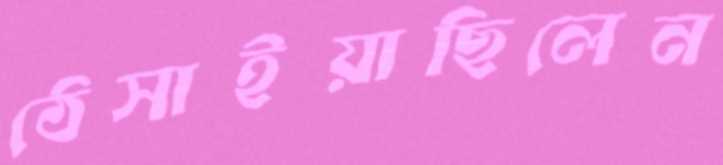
ঠেসাইয়াছিলেন